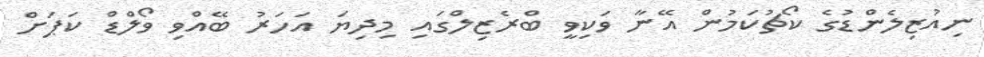
ނިއުޒިލެންޑުގެ ކޯޗުކަމުން އޭނާ ވަކިވީ ބްރެޒިލްގައި މިދިޔަ އަހަރު ބޭއްވި ވޯލްޑް ކަޕަށް